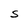
Character: S